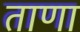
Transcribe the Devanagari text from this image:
ताणा